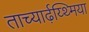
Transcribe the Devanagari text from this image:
ताच्यार्ढ़य्थ्मिया